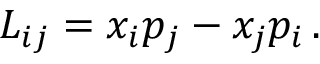
L _ { i j } = x _ { i } p _ { j } - x _ { j } p _ { i } \, .